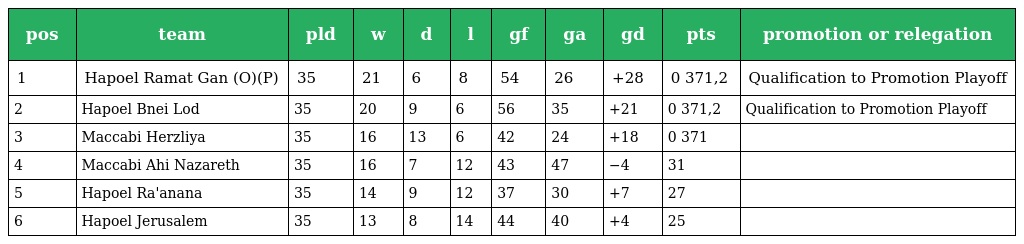
| pos | team | pld | w | d | l | gf | ga | gd | pts | promotion or relegation |
 | --- | --- | --- | --- | --- | --- | --- | --- | --- | --- | --- |
 | 1 | Hapoel Ramat Gan (O)(P) | 35 | 21 | 6 | 8 | 54 | 26 | +28 | 0 371,2 | Qualification to Promotion Playoff |
 | 2 | Hapoel Bnei Lod | 35 | 20 | 9 | 6 | 56 | 35 | +21 | 0 371,2 | Qualification to Promotion Playoff |
 | 3 | Maccabi Herzliya | 35 | 16 | 13 | 6 | 42 | 24 | +18 | 0 371 |  |
 | 4 | Maccabi Ahi Nazareth | 35 | 16 | 7 | 12 | 43 | 47 | −4 | 31 |  |
 | 5 | Hapoel Ra'anana | 35 | 14 | 9 | 12 | 37 | 30 | +7 | 27 |  |
 | 6 | Hapoel Jerusalem | 35 | 13 | 8 | 14 | 44 | 40 | +4 | 25 |  |